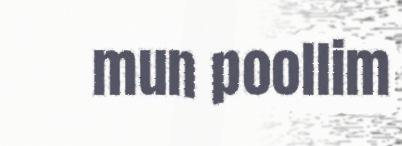
mun poollim